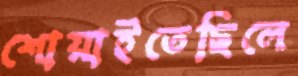
শোয়াইতেছিলে